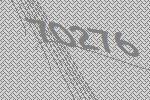
70276